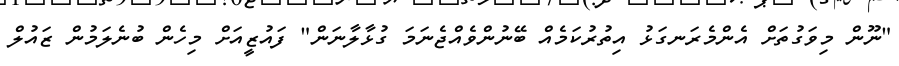
"ނޫން މިވަގުތަށް އެންމެރަނގަޅު އިތުރުކަމެއް ބޭނުންވެއްޖެނަމަ ގުޅާލާނަން" ފައުޒީއަށް މިހެން ބުނެލަމުން ޒައުލް